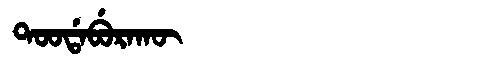
Manchu: ᡨᠣᠣᡩᠠᠪᡠᡵᠠᡴᡡ
Romanization: TOODABURAKŪ